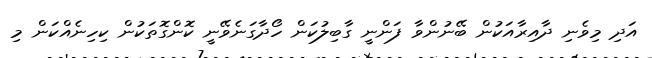
އަދި މިވެނި ދާއިރާއަކުން ބޭނުންވާ ފަންނީ ގާބިލުކަން ހޯދާގަނެވޭނީ ކޮންގޮތަކުން ކިހިނެއްކަން މި